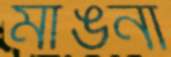
মাঙনা